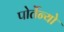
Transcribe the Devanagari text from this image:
पोर्तेन्यो